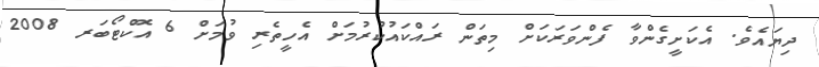
ދިޔައެވެ. އެކަށީގެންވާ ފެންވަރަކަށް މިތަން ރައްކައުކުރުމަށް އެހީތެރި ވުމަށް 6 އޮކްޓޯބަރ 2008